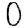
Digit: 0